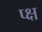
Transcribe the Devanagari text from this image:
प्क्ष